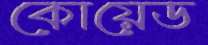
কোয়েড